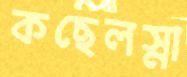
কছেলস্না